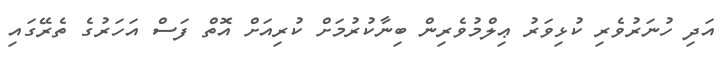
އަދި ހުނަރުވެރި ކުޅިވަރު ޢިލްމުވެރިން ބިނާކުރުމަށް ކުރިއަށް އޮތް ފަސް އަހަރުގެ ތެރޭގައި